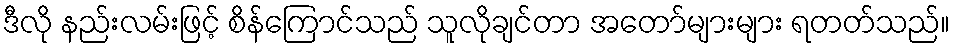
ဒီလို နည်းလမ်းဖြင့် စိန်ကြောင်သည် သူလိုချင်တာ အတော်များများ ရတတ်သည်။